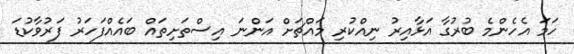
ހަމަ އެހެންމެ ބުރުގާ އަޅާއިރު ނިއްކުރި މައްޗަށް އަންނަ އިސްތަށިތައް ބައެއްފަހަރު ފަރުވާކުޑަ